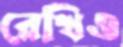
রেখিও